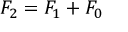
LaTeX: F _ { 2 } = F _ { 1 } + F _ { 0 }